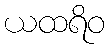
ယထရိဝ